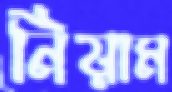
নিয়াম